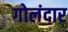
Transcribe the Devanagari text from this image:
गोलंदार